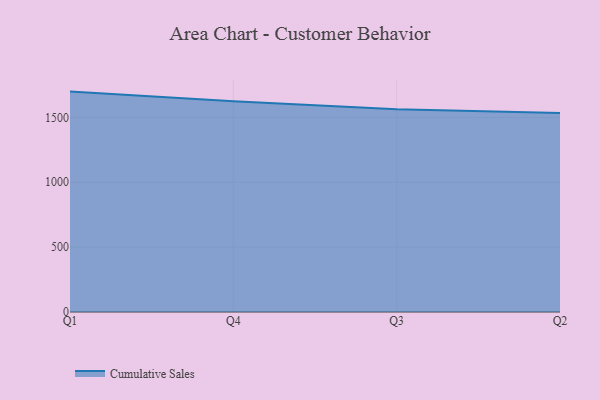
{"axis": {"x": "Quarter", "y": "Operating Costs (USD K)"}, "legend": ["Cumulative Sales"], "data": [{"x": "Q1", "y": 1699.2, "type": "Cumulative Sales"}, {"x": "Q4", "y": 1624.2, "type": "Cumulative Sales"}, {"x": "Q3", "y": 1563.9, "type": "Cumulative Sales"}, {"x": "Q2", "y": 1534.6, "type": "Cumulative Sales"}]}